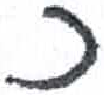
אות: כ